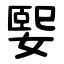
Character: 媐